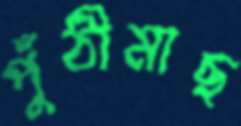
পুঁঠীমাছ